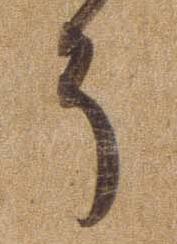
そ